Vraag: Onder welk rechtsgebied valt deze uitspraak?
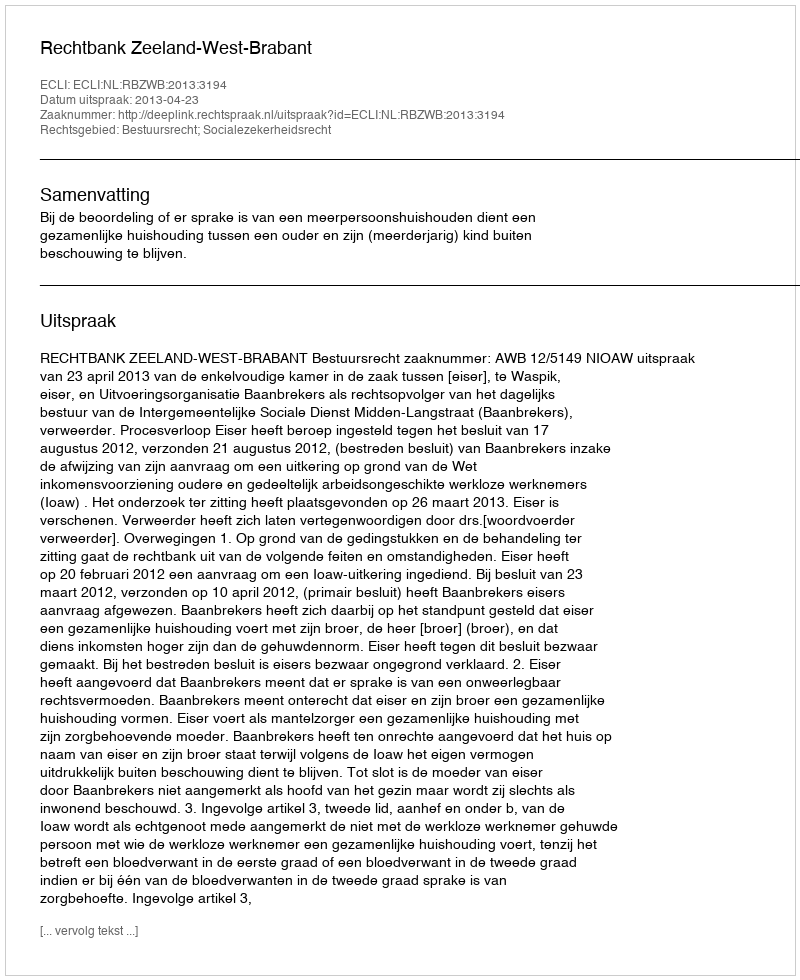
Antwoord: Bestuursrecht; Socialezekerheidsrecht